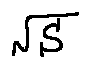
\sqrt { S }